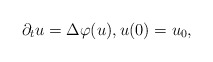
\begin{align*}\partial_t u=\Delta \varphi(u), u(0)=u_0, \end{align*}